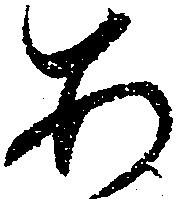
あ